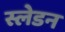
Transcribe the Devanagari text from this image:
स्लेडन